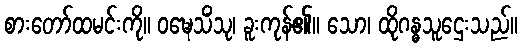
စားတော်ထမင်းကို။ ဝဍ္ဎေသိံသု၊ ခူးကုန်၏။ သော၊ ထိုဂန္ဓသူဌေးသည်။